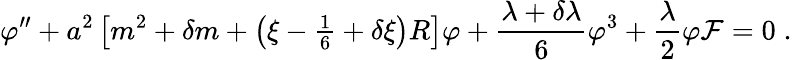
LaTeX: \varphi^{\prime\prime}+a^{2}\left[m^{2}+\delta m+\left(\xi-{\textstyle\frac{1}{6}}+\delta\xi\right)R\right]\varphi+\frac{\lambda+\delta\lambda}{6}\varphi^{3}+\frac{\lambda}{2}\varphi{\cal F}=0\; .